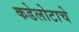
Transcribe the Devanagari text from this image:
कडेलोटाचे